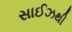
સાઈઝથી